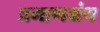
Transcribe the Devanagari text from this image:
प्रमाणग्रंथ